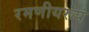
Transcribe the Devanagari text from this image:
रमणीयरूपं